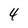
Character: 4